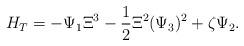
LaTeX: \begin{align*}H_{T}=-\Psi_{1}\Xi^{3}-\frac{1}{2}\Xi^{2}(\Psi_{3})^{2}+\zeta \Psi_{2}.\end{align*}